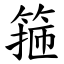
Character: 箍